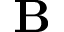
\textbf { B }